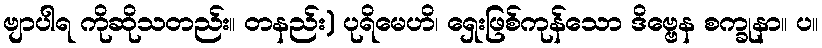
ဗျာပါရ ကိုဆိုသတည်း။ တနည်း) ပုရိမေဟိ၊ ရှေးဖြစ်ကုန်သော ဒိဗ္ဗေန စက္ခုနာ။ ပ။